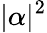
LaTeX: |\alpha|^{2}